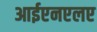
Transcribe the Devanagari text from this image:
आईएनएलए